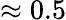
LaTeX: \approx 0.5